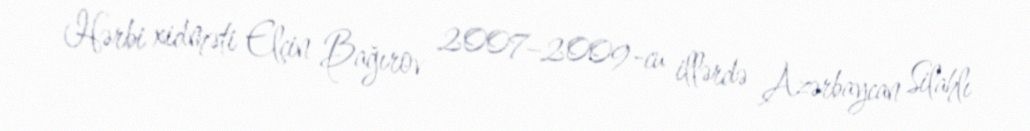
Hərbi xidməti Elçin Bağırov 2007–2009-cu illərdə Azərbaycan Silahlı